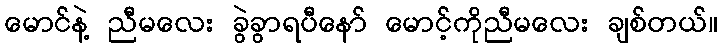
မောင်နဲ့ ညီမလေး ခွဲခွာရပီနော် မောင့်ကိုညီမလေး ချစ်တယ်။